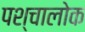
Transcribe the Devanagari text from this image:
पश्चालोक